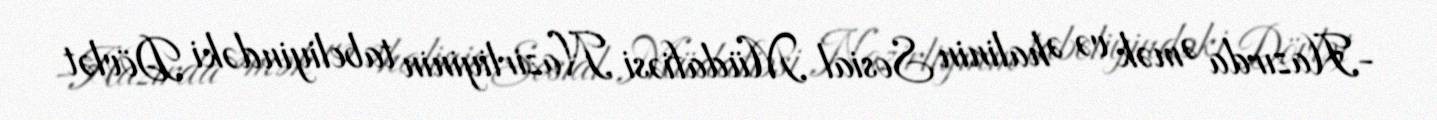
-Hazırda Əmək və Əhalinin Sosial Müdafiəsi Nazirliyinin tabeliyindəki Dövlət